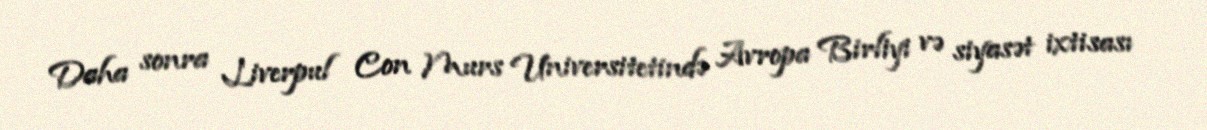
Daha sonra Liverpul Con Murs Universitetində Avropa Birliyi və siyasət ixtisası